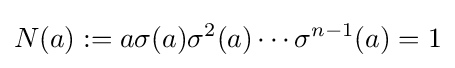
N(a):=a\sigma (a)\sigma ^{2}(a)\cdots \sigma ^{n-1}(a)=1